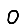
Digit: 0